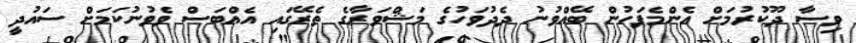
ވިސާ ދޫކުރުމަށް އެންމެފަހުން ބޭއްވުނު ދެދުވަހުގެ މަޝްވަރާގެ ތެރޭގައި އެއްބަސް ވެވުނުކަމަށް ސައުދީ